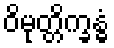
ဝိမုတ္တိက္ခန္ဓံ